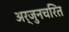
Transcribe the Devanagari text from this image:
अर्जुनचरित